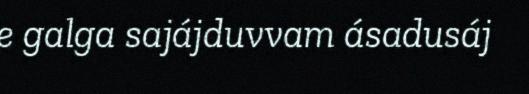
e galga sajájduvvam ásadusáj